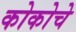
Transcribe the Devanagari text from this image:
कोकोचे